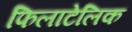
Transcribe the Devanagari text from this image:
फिलाटेलिक